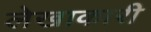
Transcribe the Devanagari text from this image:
लेखाकारी